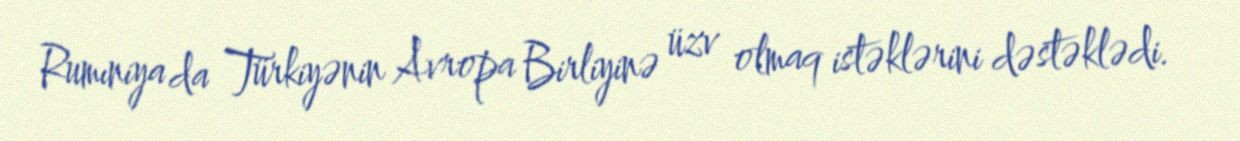
Rumıniya da Türkiyənin Avropa Birliyinə üzv olmaq istəklərini dəstəklədi.